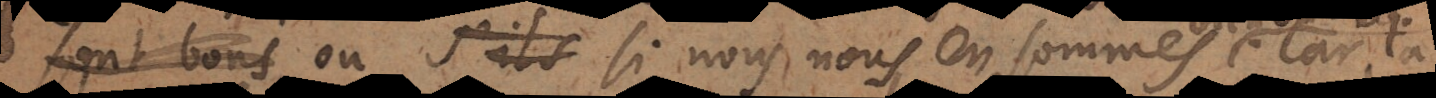
sont bons, ou si nous nous en sommes bien